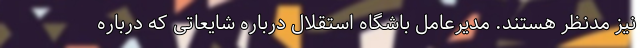
نیز مدنظر هستند. مدیرعامل باشگاه استقلال درباره شایعاتی که درباره